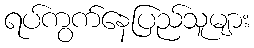
ရပ်ကွက်နေပြည်သူများ